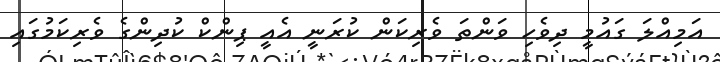
އަމިއްލަ ގައުމީ ދިވެހި ވަންތަ ވެރިކަން ކުރަނީ އެއީ ޕިންކް ކުދިންގެ ވެރިކަމުގައި